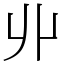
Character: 丱